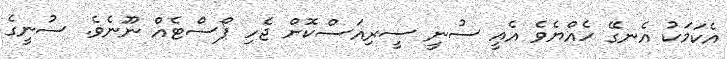
އެކަމަކު އެނގޭ ހެއްޔެވެ އެއީ ސުނީ ސީރިއަސްކޮށް ޖެހި ޕޯސްޓެއް ނޫނެވެ. ސުނީގެ